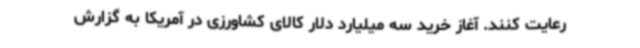
رعایت کنند. آغاز خرید سه میلیارد دلار کالای کشاورزی در آمریکا به گزارش